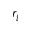
r _ { i }